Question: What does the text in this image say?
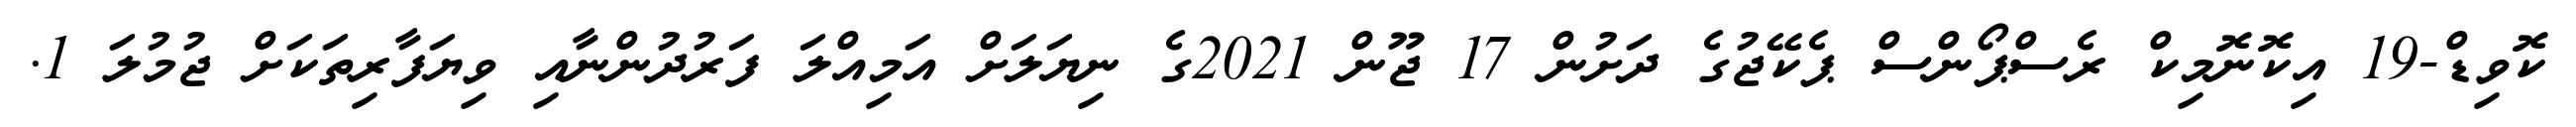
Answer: ކޮވިޑް-19 އިކޮނޮމިކް ރެސްޕޯންސް ޕެކޭޖުގެ ދަށުން 17 ޖޫން 2021ގެ ނިޔަލަށް އަމިއްލަ ފަރުދުންނާއި ވިޔަފާރިތަކަށް ޖުމުލަ 1.